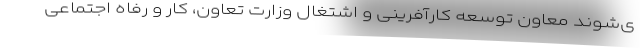
ی‌شوند معاون توسعه کارآفرینی و اشتغال وزارت تعاون، کار و رفاه اجتماعی